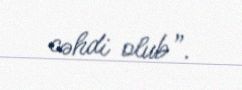
cəhdi olub”.